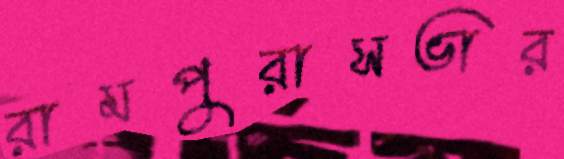
রামপুরাসভার